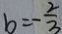
b = - \frac { 2 } { 3 }